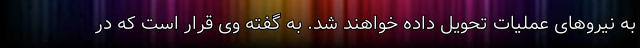
به نیروهای عملیات تحویل داده خواهند شد. به گفته وی قرار است که در